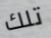
تلك